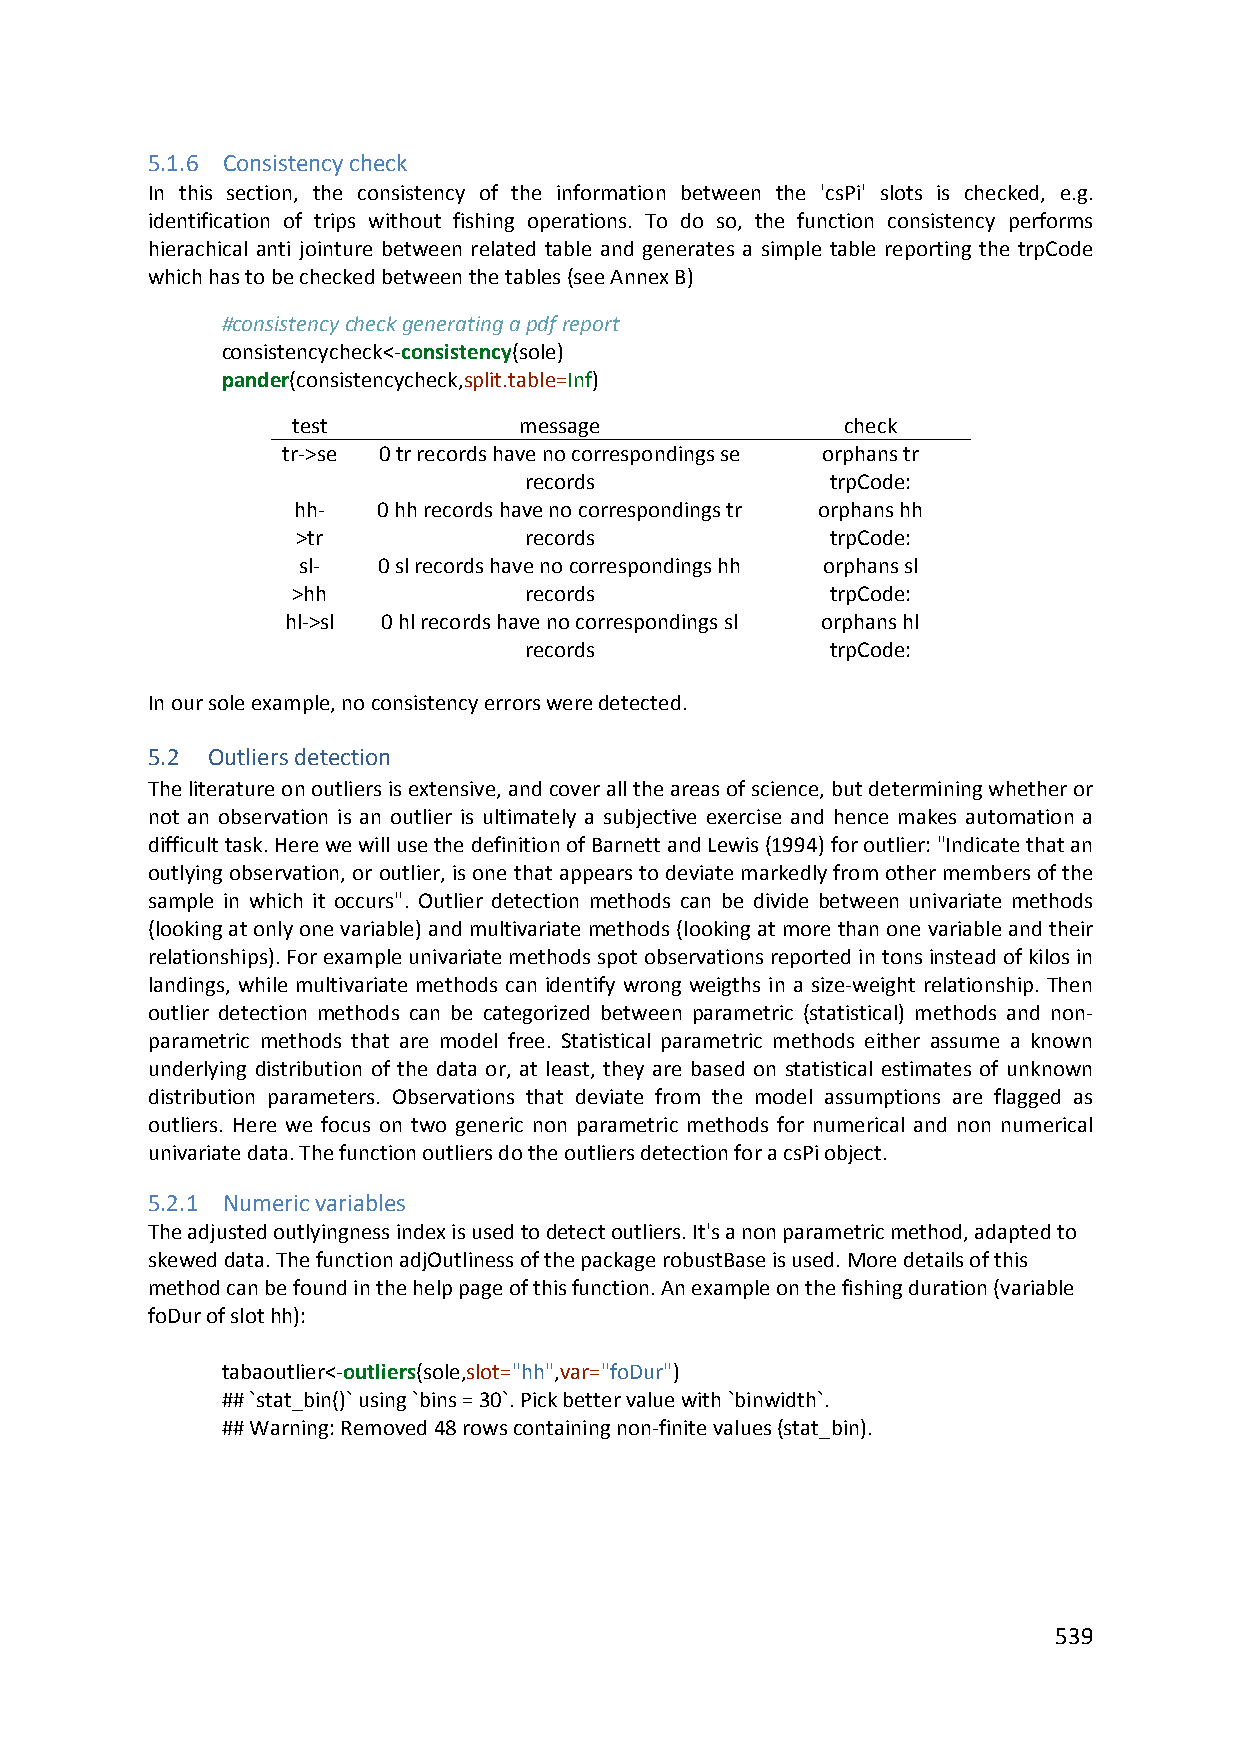
5.1.6 Consistency check
 In this section, the consistency of the information between the 'csPi' slots is checked, e.g.
 identification of trips without fishing operations. To do so, the function consistency performs
 hierachical anti jointure between related table and generates a simple table reporting the trpCode
 which has to be checked between the tables (see Annex B)
 #consistency check generating a pdf report
 consistencycheck<‐consistency(sole)
 pander(consistencycheck,split.table=Inf)
 test           message               check
 tr‐>se 0 tr records have no correspondings se orphans tr
 records             trpCode:
 hh‐   0 hh records have no correspondings tr orphans hh
 >tr            records             trpCode:
 sl‐  0 sl records have no correspondings hh orphans sl
 >hh             records             trpCode:
 hl‐>sl 0 hl records have no correspondings sl orphans hl
 records             trpCode:
 In our sole example, no consistency errors were detected.
 5.2 Outliers detection
 The literature on outliers is extensive, and cover all the areas of science, but determining whether or
 not an observation is an outlier is ultimately a subjective exercise and hence makes automation a
 difficult task. Here we will use the definition of Barnett and Lewis (1994) for outlier: "Indicate that an
 outlying observation, or outlier, is one that appears to deviate markedly from other members of the
 sample in which it occurs". Outlier detection methods can be divide between univariate methods
 (looking at only one variable) and multivariate methods (looking at more than one variable and their
 relationships). For example univariate methods spot observations reported in tons instead of kilos in
 landings, while multivariate methods can identify wrong weigths in a size‐weight relationship. Then
 outlier detection methods can be categorized between parametric (statistical) methods and non‐
 parametric methods that are model free. Statistical parametric methods either assume a known
 underlying distribution of the data or, at least, they are based on statistical estimates of unknown
 distribution parameters. Observations that deviate from the model assumptions are flagged as
 outliers. Here we focus on two generic non parametric methods for numerical and non numerical
 univariate data. The function outliers do the outliers detection for a csPi object.
 5.2.1 Numeric variables
 The adjusted outlyingness index is used to detect outliers. It's a non parametric method, adapted to
 skewed data. The function adjOutliness of the package robustBase is used. More details of this
 method can be found in the help page of this function. An example on the fishing duration (variable
 foDur of slot hh):
 tabaoutlier<‐outliers(sole,slot="hh",var="foDur")
 ## `stat_bin()` using `bins = 30`. Pick better value with `binwidth`.
 ## Warning: Removed 48 rows containing non‐finite values (stat_bin).
 539